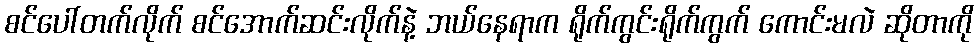
စင်ပေါ်တက်လိုက် စင်အောက်ဆင်းလိုက်နဲ့ ဘယ်နေရာက ရိုက်ကွင်းရိုက်ကွက် ကောင်းမလဲ ဆိုတာကို